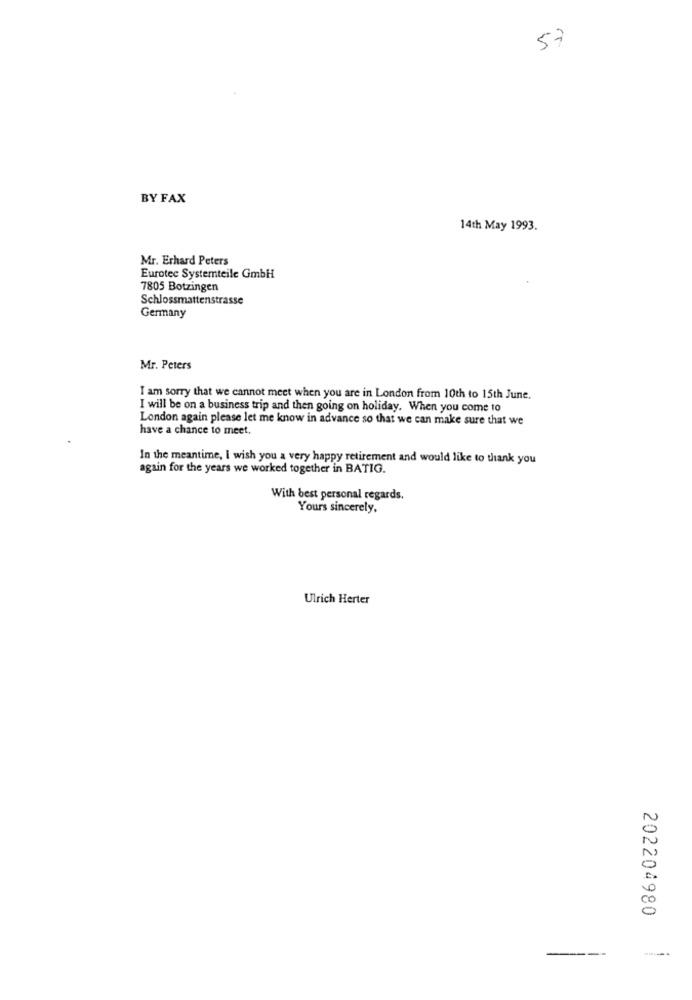
57
BY FAX
14th May 1993.
Mr. Erhard Peters
Eurotec Systemteile GmbH
7805 Botzingen
Schlossmattenstrasse
Germany
Mr. Peters
I am sorry that we cannot meet when you are in London from 10th to 15th June.
I will be on a business trip and then going on holiday. When you come to
London again please let me know in advance so that we can make sure that we
have a chance to meet,
In the meantime, I wish you a very happy retirement and would like to thank you
again for the years we worked together in BATIG.
With best personal regards.
Yours sincerely.
Ulrich Herter
202204980
----